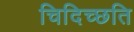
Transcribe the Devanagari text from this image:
चिदिच्छति